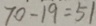
7 0 - 1 9 = 5 1